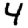
Digit: 4